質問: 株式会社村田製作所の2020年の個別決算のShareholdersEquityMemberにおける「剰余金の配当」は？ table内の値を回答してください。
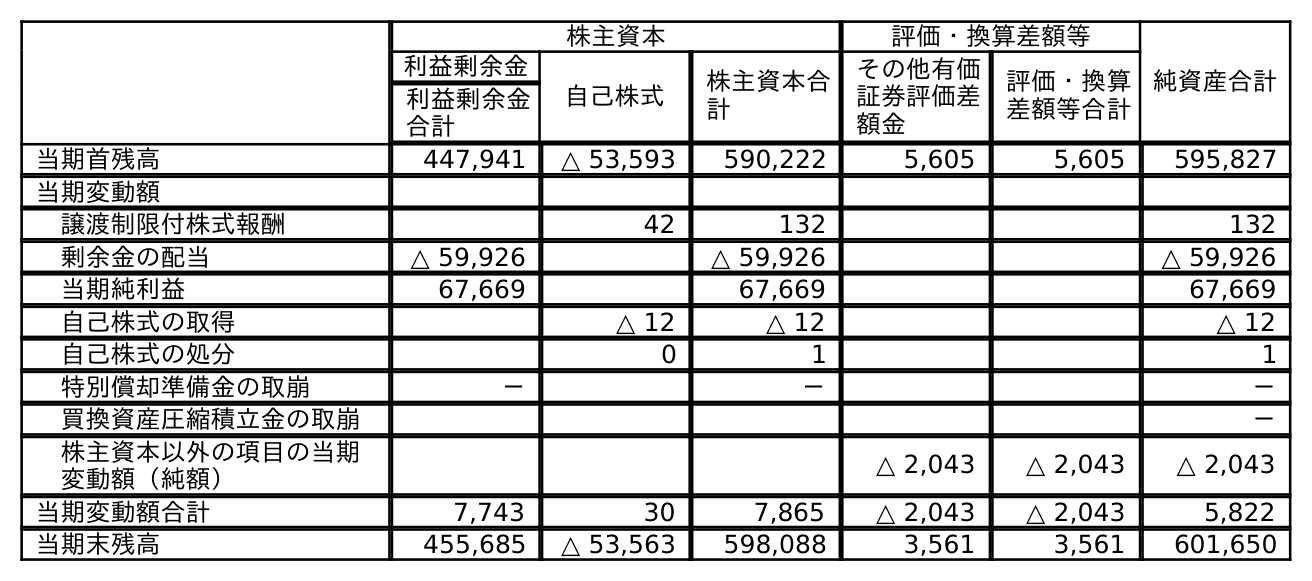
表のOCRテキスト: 株主資本 評価・換算差額等 純資産合計 利益剰余金 自己株式 株主資本合 計 その他有価 証券評価差 額金 評価・換算 差額等合計 利益剰余金 合計 当期首残高 447,941 △ 53,593 590,222 5,605 5,605 595,827 当期変動額 譲渡制限付株式報酬 42 132 132 剰余金の配当 △ 59,926 △ 59,926 △ 59,926 当期純利益 67,669 67,669 67,669 自己株式の取得 △ 12 △ 12 △ 12 自己株式の処分 0 1 1 特別償却準備金の取崩 － － － 買換資産圧縮積立金の取崩 － 株主資本以外の項目の当期 変動額（純額） △ 2,043 △ 2,043 △ 2,043 当期変動額合計 7,743 30 7,865 △ 2,043 △ 2,043 5,822 当期末残高 455,685 △ 53,563 598,088 3,561 3,561 601,650
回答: △59,926